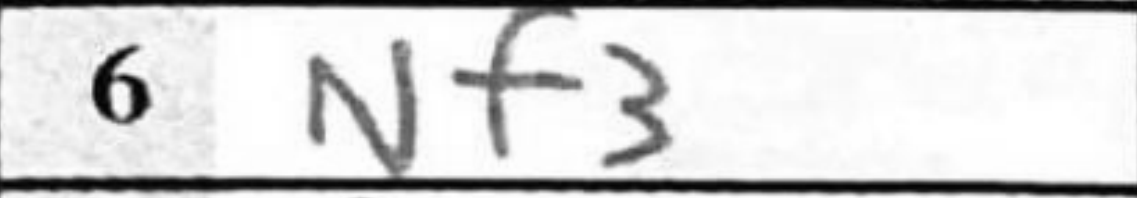
Transcription: Nf3